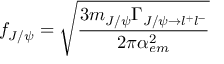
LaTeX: f _ { J / \psi } = \sqrt { { \frac { 3 m _ { J / \psi } \Gamma _ { J / \psi \rightarrow l ^ { + } l ^ { - } } } { 2 \pi \alpha _ { e m } ^ { 2 } } } }